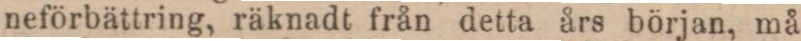
neförbättring, räknadt från detta års början, må